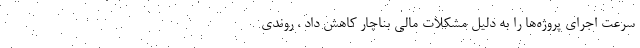
سرعت اجرای پروژه‌ها را به دلیل مشکلات مالی بناچار کاهش داد ، روندی